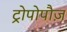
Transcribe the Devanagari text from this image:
ट्रोपोपौज़